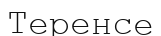
Теренсе